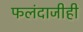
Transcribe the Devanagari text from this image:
फलंदाजीही